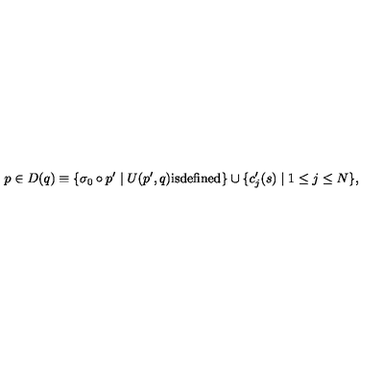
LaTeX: p \in D ( q ) \equiv \{ \sigma _ { 0 } \circ p ^ { \prime } \mid U ( p ^ { \prime } , q ) \mathrm { i s d e f i n e d } \} \cup \{ c _ { j } ^ { \prime } ( s ) \mid 1 \leq j \leq N \} ,